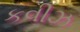
કવીઝ